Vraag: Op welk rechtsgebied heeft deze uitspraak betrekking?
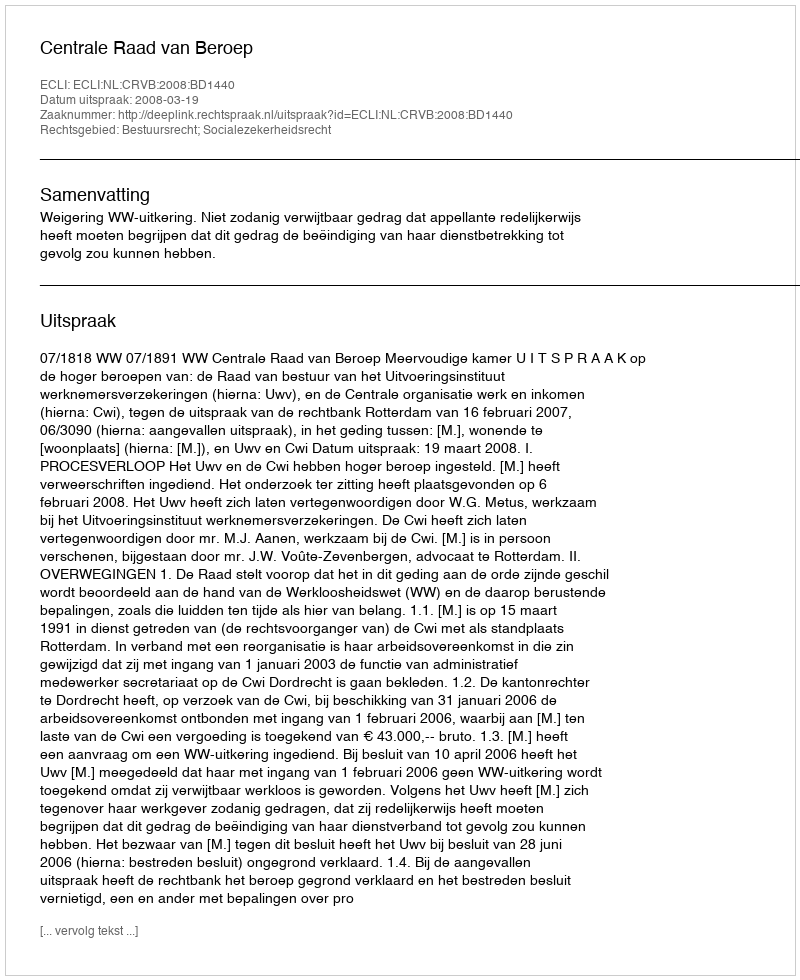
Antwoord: Bestuursrecht; Socialezekerheidsrecht